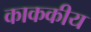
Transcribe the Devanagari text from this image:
काककीय